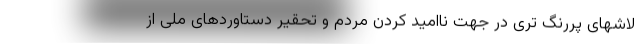
لاشهای پررنگ تری در جهت ناامید کردن مردم و تحقیر دستاوردهای ملی از